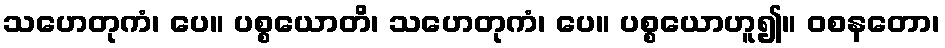
သဟေတုကံ၊ ပေ။ ပစ္စယောတိ၊ သဟေတုကံ၊ ပေ။ ပစ္စယောဟူ၍။ ဝစနတော၊